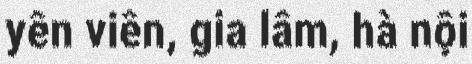
yên viên, gia lâm, hà nội